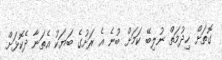
ގޮތަށް ޚިދުމަތް ނުލިބޭ ކަމަށް ބުނެ އެ ރަށުގެ ބަޔަކު އެތަނާ ދެކޮޅަށް